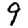
Digit: 9